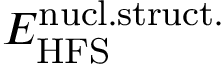
E _ { \mathrm { H F S } } ^ { \mathrm { n u c l . s t r u c t . } }